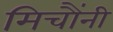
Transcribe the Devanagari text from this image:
मिचौंनी